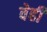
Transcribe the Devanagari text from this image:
वेही